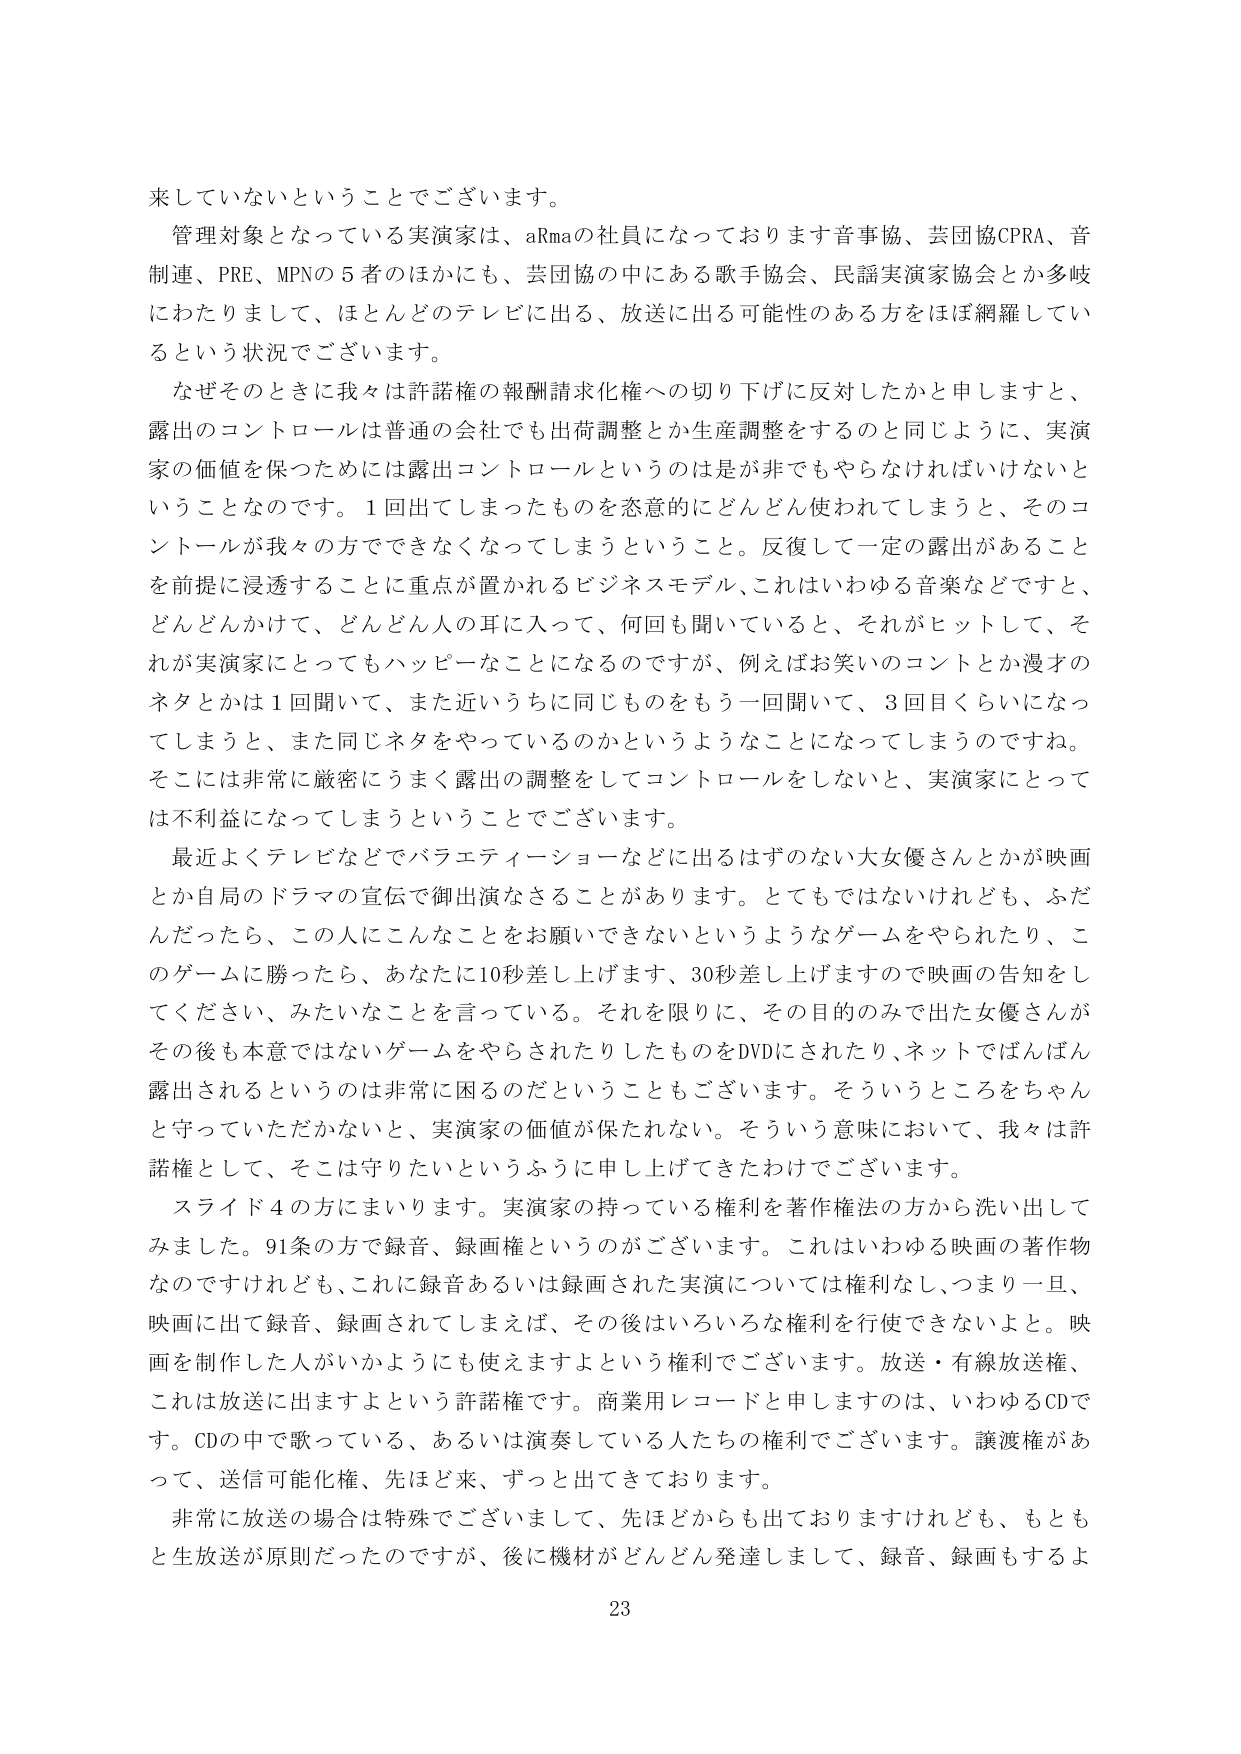
来していないということでございます。

管理対象となっている実演家は、aRmaの社員になっております音事協、芸団協CPRA、音制連、PRE、MPNの5者のほかにも、芸団協の中にある歌手協会、民謡実演家協会とか多岐にわたりまして、ほとんどのテレビに出る、放送に出る可能性のある方をほぼ網羅しているという状況でございます。

なぜそのとき我々は許諾権の報酬請求化権への切り下げに反対したかと申しますと、露出のコントロールは普通の会社でも出荷調整とか生産調整をするのと同じように、実演家の価値を保つためには露出コントロールというのは是非でもやらなければいけないということなのです。1回出てしまったものを恣意的にどんどん使われてしまうと、そのコントロールが我々の方でできなくなってしまうということ。反復して一定の露出があることを前提に浸透することに重点が置かれるビジネスモデル、これはいわゆる音楽などですと、どんどんかけて、どんどん人の耳に入って、何回も聞いていると、それがヒットして、それが実演家にとってもハッピーなことになるのですが、例えばお笑いのコントとか漫才のネタとかは1回聞いて、また近いうちに同じものをもう一回聞いて、3回目くらいになってしまうと、また同じネタをやっているのかというようなことになってしまいます。そこには非常に厳密にうまく露出の調整をしてコントロールをしないと、実演家にとっては不利益になってしまうということでございます。

最近よくテレビなどでバラエティーショーなどに出るはずのない大女優さんとかが映画とか自局のドラマの宣伝で御出演なさることがあります。とてもではないけれども、ふだんだったら、この人にこんなことをお願いできないというようなゲームをやられたり、このゲームに勝ったら、あなたに10秒差し上げます、30秒差し上げますので映画の告知をしてください、みたいなことを言っている。それを限りに、その目的のみで出た女優さんがその後も本意ではないゲームをやらされたりしたものをDVDにされたり、ネットでばんばん露出されるというのは非常に困るのだということもございます。そういうところをちゃんと守っていただかないと、実演家の価値が保たれない。そういう意味において、我々は許諾権として、そこは守りたいというふうに申し上げてきたわけでございます。

スライド4の方にまいります。実演家の持っている権利を著作権法の方から洗い出してみました。91条の方で録音、録画権というのがございます。これはいわゆる映画の著作物なのですがけれども、これに録音あるいは録画された実演については権利なし、つまり一旦、映画に出て録音、録画されてしまえば、その後はいろいろな権利を行使できないよと。映画を制作した人がいかようにも使えますよという権利でございます。放送・有線放送権、これは放送に出ますよという許諾権です。商業用レコードと申しますのは、いわゆるCDです。CDの中で歌っている、あるいは演奏している人たちの権利でございます。譲渡権があって、送信可能化権、先ほど来、ずっと出てきております。

非常に放送の場合は特殊でございまして、先ほどからも出ておりますけれども、もともと生放送が原則だったのですが、後に機材がどんどん発達しまして、録音、録画もするよ

23